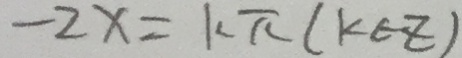
- 2 x = k \pi ( k \in z )